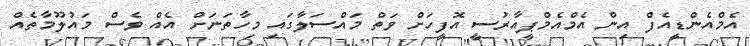
އެމްއެންޑީއެފް އިން އެމްއެމްޕީއާރުސީ އޮފީހަށް ވަތް މައްސަލާގައި މިހާތަނަށް އެއް ވެސް މައުލޫމާތެއް